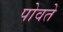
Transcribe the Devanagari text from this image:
पोवते